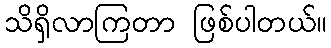
သိရှိလာကြတာ ဖြစ်ပါတယ်။